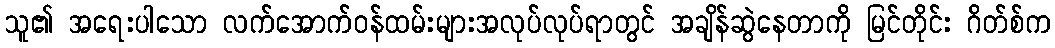
သူ၏ အရေးပါသော လက်အောက်ဝန်ထမ်းများအလုပ်လုပ်ရာတွင် အချိန်ဆွဲနေတာကို မြင်တိုင်း ဂိတ်စ်က